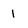
Character: 1